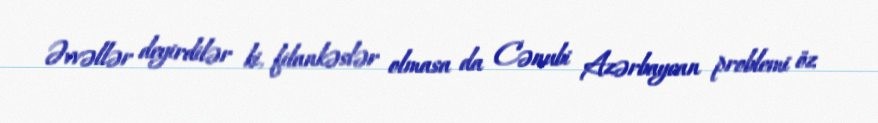
Əvvəllər deyirdilər ki, filankəslər olmasa da Cənubi Azərbaycan problemi öz